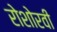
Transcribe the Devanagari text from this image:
रोशोरवी